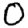
Digit: 0